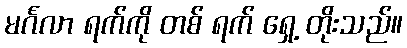
မင်္ဂလာ ရက်ကို တစ် ရက် ရှေ့ တိုးသည်။